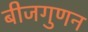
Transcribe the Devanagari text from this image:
बीजगुणन